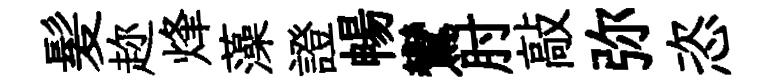
髪趂烽藻證暢鸞肘敲弥恣